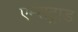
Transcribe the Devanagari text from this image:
एम्सट्राड